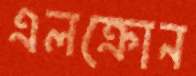
এলক্রোন